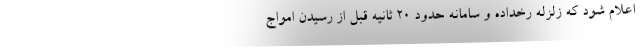
اعلام شود که زلزله رخداده و سامانه حدود ۲۰ ثانیه قبل از رسیدن امواج